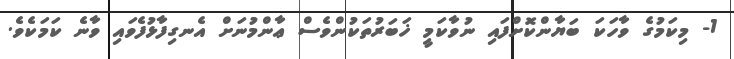
1- މިކަމުގެ ވާހަކަ ބަޔާންކޮށްފައި ނުވާކަމީ ޚަބަރުތަކުންވެސް ޢާންމުނަށް އެނގިފާޅުފެވައި ވާނެ ކަމަކެވެ.